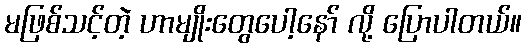
မဖြစ်သင့်တဲ့ ဟာမျိုးတွေပေါ့နော် လို့ ပြောပါတယ်။